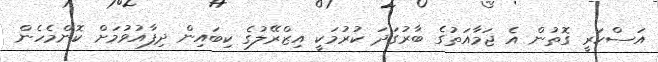
އަސްކަރީ ގޮތުން އެ ޖަމާއަތުގެ ބާރުގަދަ ކުރުމަކީ އިޒްރޭލުގެ ކިބައިން ދިފާއުވުމަށް ކޮންމެހެން